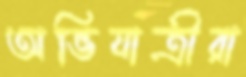
অভিযাত্রীরা